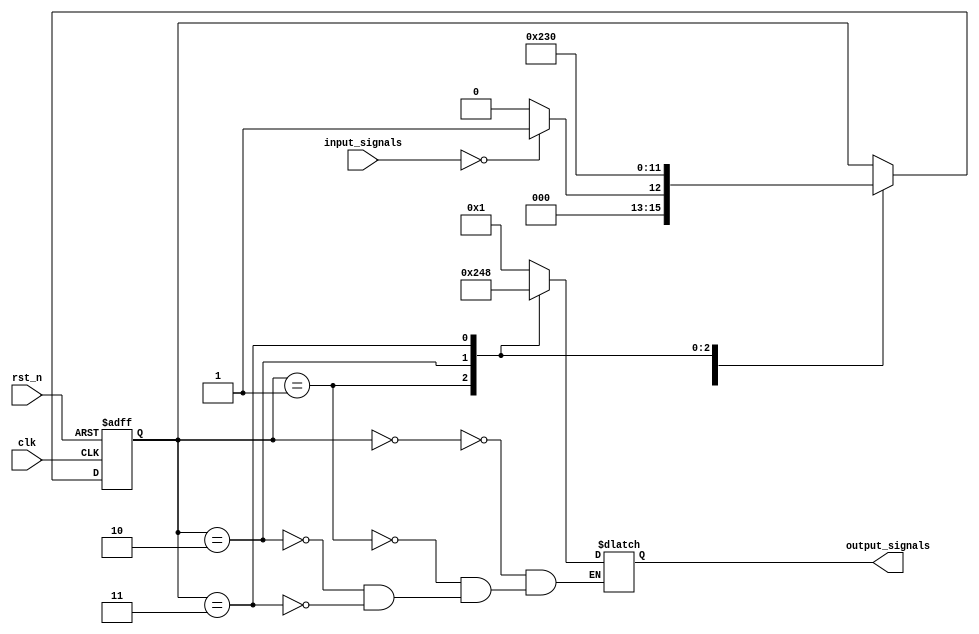
module MealyStateMachine (
    input wire clk,
    input wire rst_n,
    input wire [1:0] input_signals,
    output reg [3:0] output_signals
);

// State encoding
parameter S0 = 4'b0000;
parameter S1 = 4'b0001;
parameter S2 = 4'b0010;
parameter S3 = 4'b0011;

// State register
reg [3:0] state_reg;
// Next state logic
always @(posedge clk or negedge rst_n) begin
    if (~rst_n) begin
        state_reg <= S0;
    end else begin
        case(state_reg)
            S0: begin
                if (input_signals == 2'b00) begin
                    state_reg <= S1;
                end else begin
                    state_reg <= S0;
                end
            end
            S1: begin
                state_reg <= S2;
            end
            S2: begin
                state_reg <= S3;
            end
            S3: begin
                state_reg <= S0;
            end
        endcase
    end
end

// Output logic
always @(*) begin
    case(state_reg)
        S0: output_signals = 4'b0001;
        S1: output_signals = 4'b0010;
        S2: output_signals = 4'b0100;
        S3: output_signals = 4'b1000;
    endcase
end

endmodule